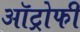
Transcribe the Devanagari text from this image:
ऑट्रोफी